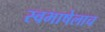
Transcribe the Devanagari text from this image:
स्वभाषेलाच